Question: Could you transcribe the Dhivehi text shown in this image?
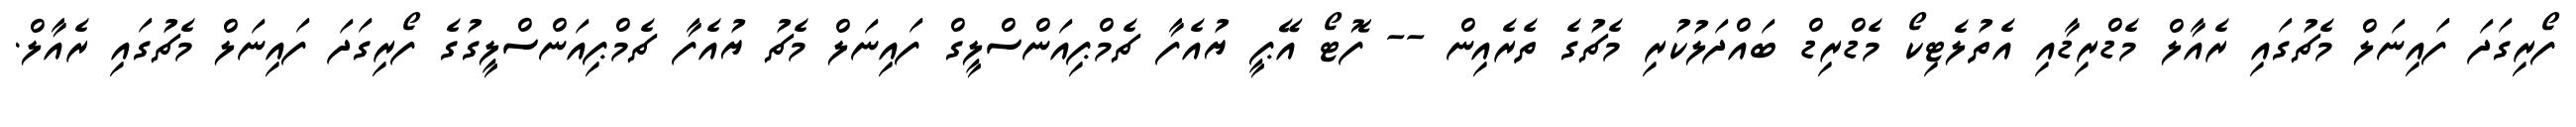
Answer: ފޯރިގަދަ ފައިނަލް މެޗުގައި ރެއާލް މެޑްރިޑާއި އެތުލެޓިކޯ މެޑްރިޑް ބައްދަލުކުރި މެޗުގެ ތެރެއިން -- ފޮޓޯ އޭޕީ ޔުއެފާ ޗެމްޕިއަންސްލީގް ފައިނަލް މެޗު ޔުއެފާ ޗެމްޕިއަންސްލީގުގެ ފޯރިގަދަ ފައިނަލް މެޗުގައި ރެއާލް.